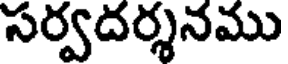
సర్వదర్శనము